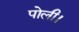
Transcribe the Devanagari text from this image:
पोली।